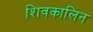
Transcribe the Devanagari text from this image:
शिवकालिन